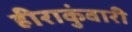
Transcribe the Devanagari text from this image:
हीराकुंवारी